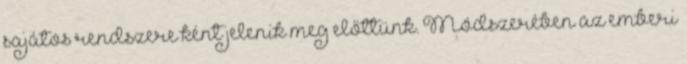
sajátos rendszere ként jelenik meg előttünk. Módszerében az emberi